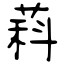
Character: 萪